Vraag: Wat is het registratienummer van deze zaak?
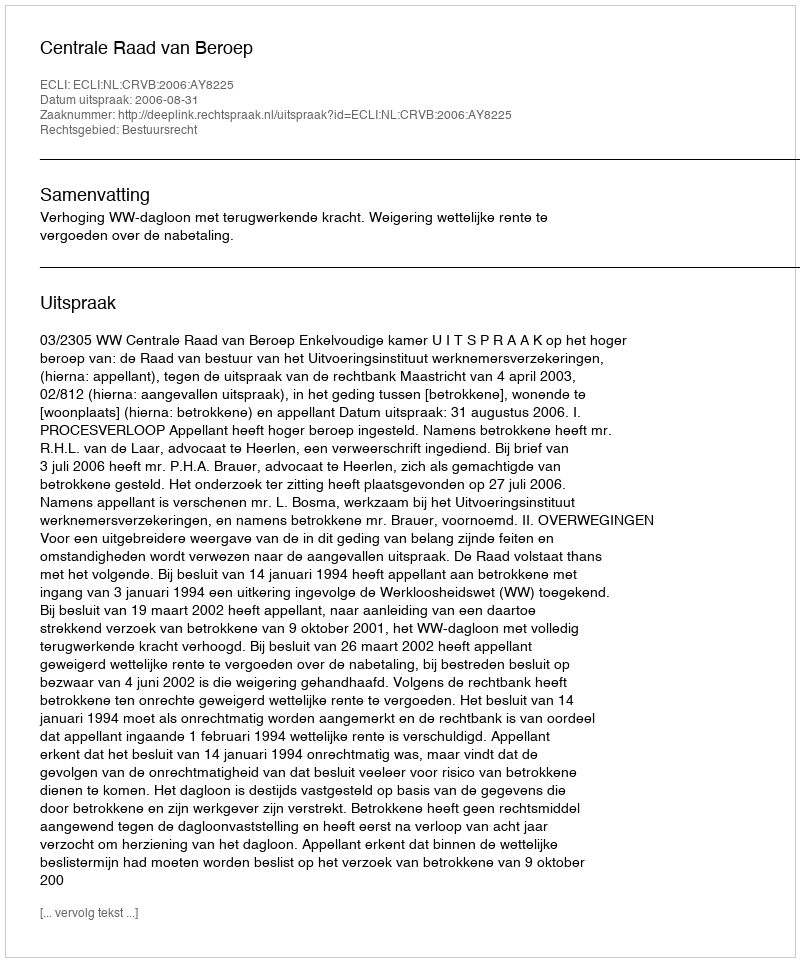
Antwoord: http://deeplink.rechtspraak.nl/uitspraak?id=ECLI:NL:CRVB:2006:AY8225